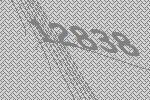
12838